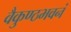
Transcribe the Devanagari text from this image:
वैकुण्ठभवनं